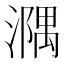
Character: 𣿃